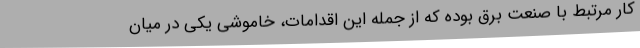
کار مرتبط با صنعت برق بوده که از جمله این اقدامات، خاموشی یکی در میان